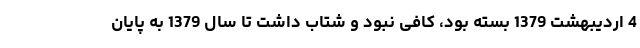
4 اردیبهشت 1379 بسته بود، کافی نبود و شتاب داشت تا سال 1379 به پایان